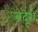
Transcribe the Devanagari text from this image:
बदूश